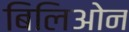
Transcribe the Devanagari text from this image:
बिलिओन